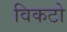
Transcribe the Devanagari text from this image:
विकटो